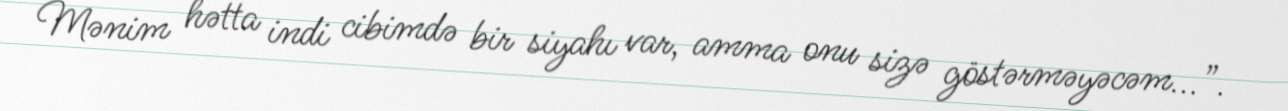
Mənim hətta indi cibimdə bir siyahı var, amma onu sizə göstərməyəcəm...”.